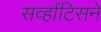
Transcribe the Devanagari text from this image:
सर्व्हांटिसने